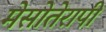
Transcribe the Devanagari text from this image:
मेसोतेरापी